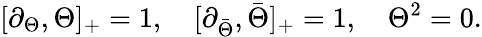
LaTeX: [\partial_{\Theta},\Theta]_{+}=1,\quad[\partial_{\bar{\Theta}},\bar{\Theta}]_{+}=1,\quad\Theta^{2}=0.